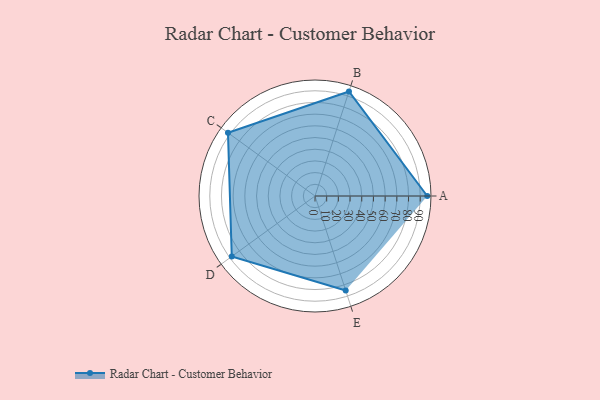
{"axis": {"x": "Skill", "y": "Score"}, "legend": ["Profile"], "data": [{"x": "A", "y": 96.0, "type": "Profile"}, {"x": "B", "y": 94.0, "type": "Profile"}, {"x": "C", "y": 92.0, "type": "Profile"}, {"x": "D", "y": 88.0, "type": "Profile"}, {"x": "E", "y": 85.0, "type": "Profile"}]}